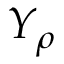
Y _ { \rho }